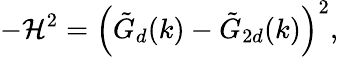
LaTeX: -\mathcal{H}^{2}=\left(\tilde{{G}}_{d}(k)-\tilde{{G}}_{2d}(k)\right)^{2},